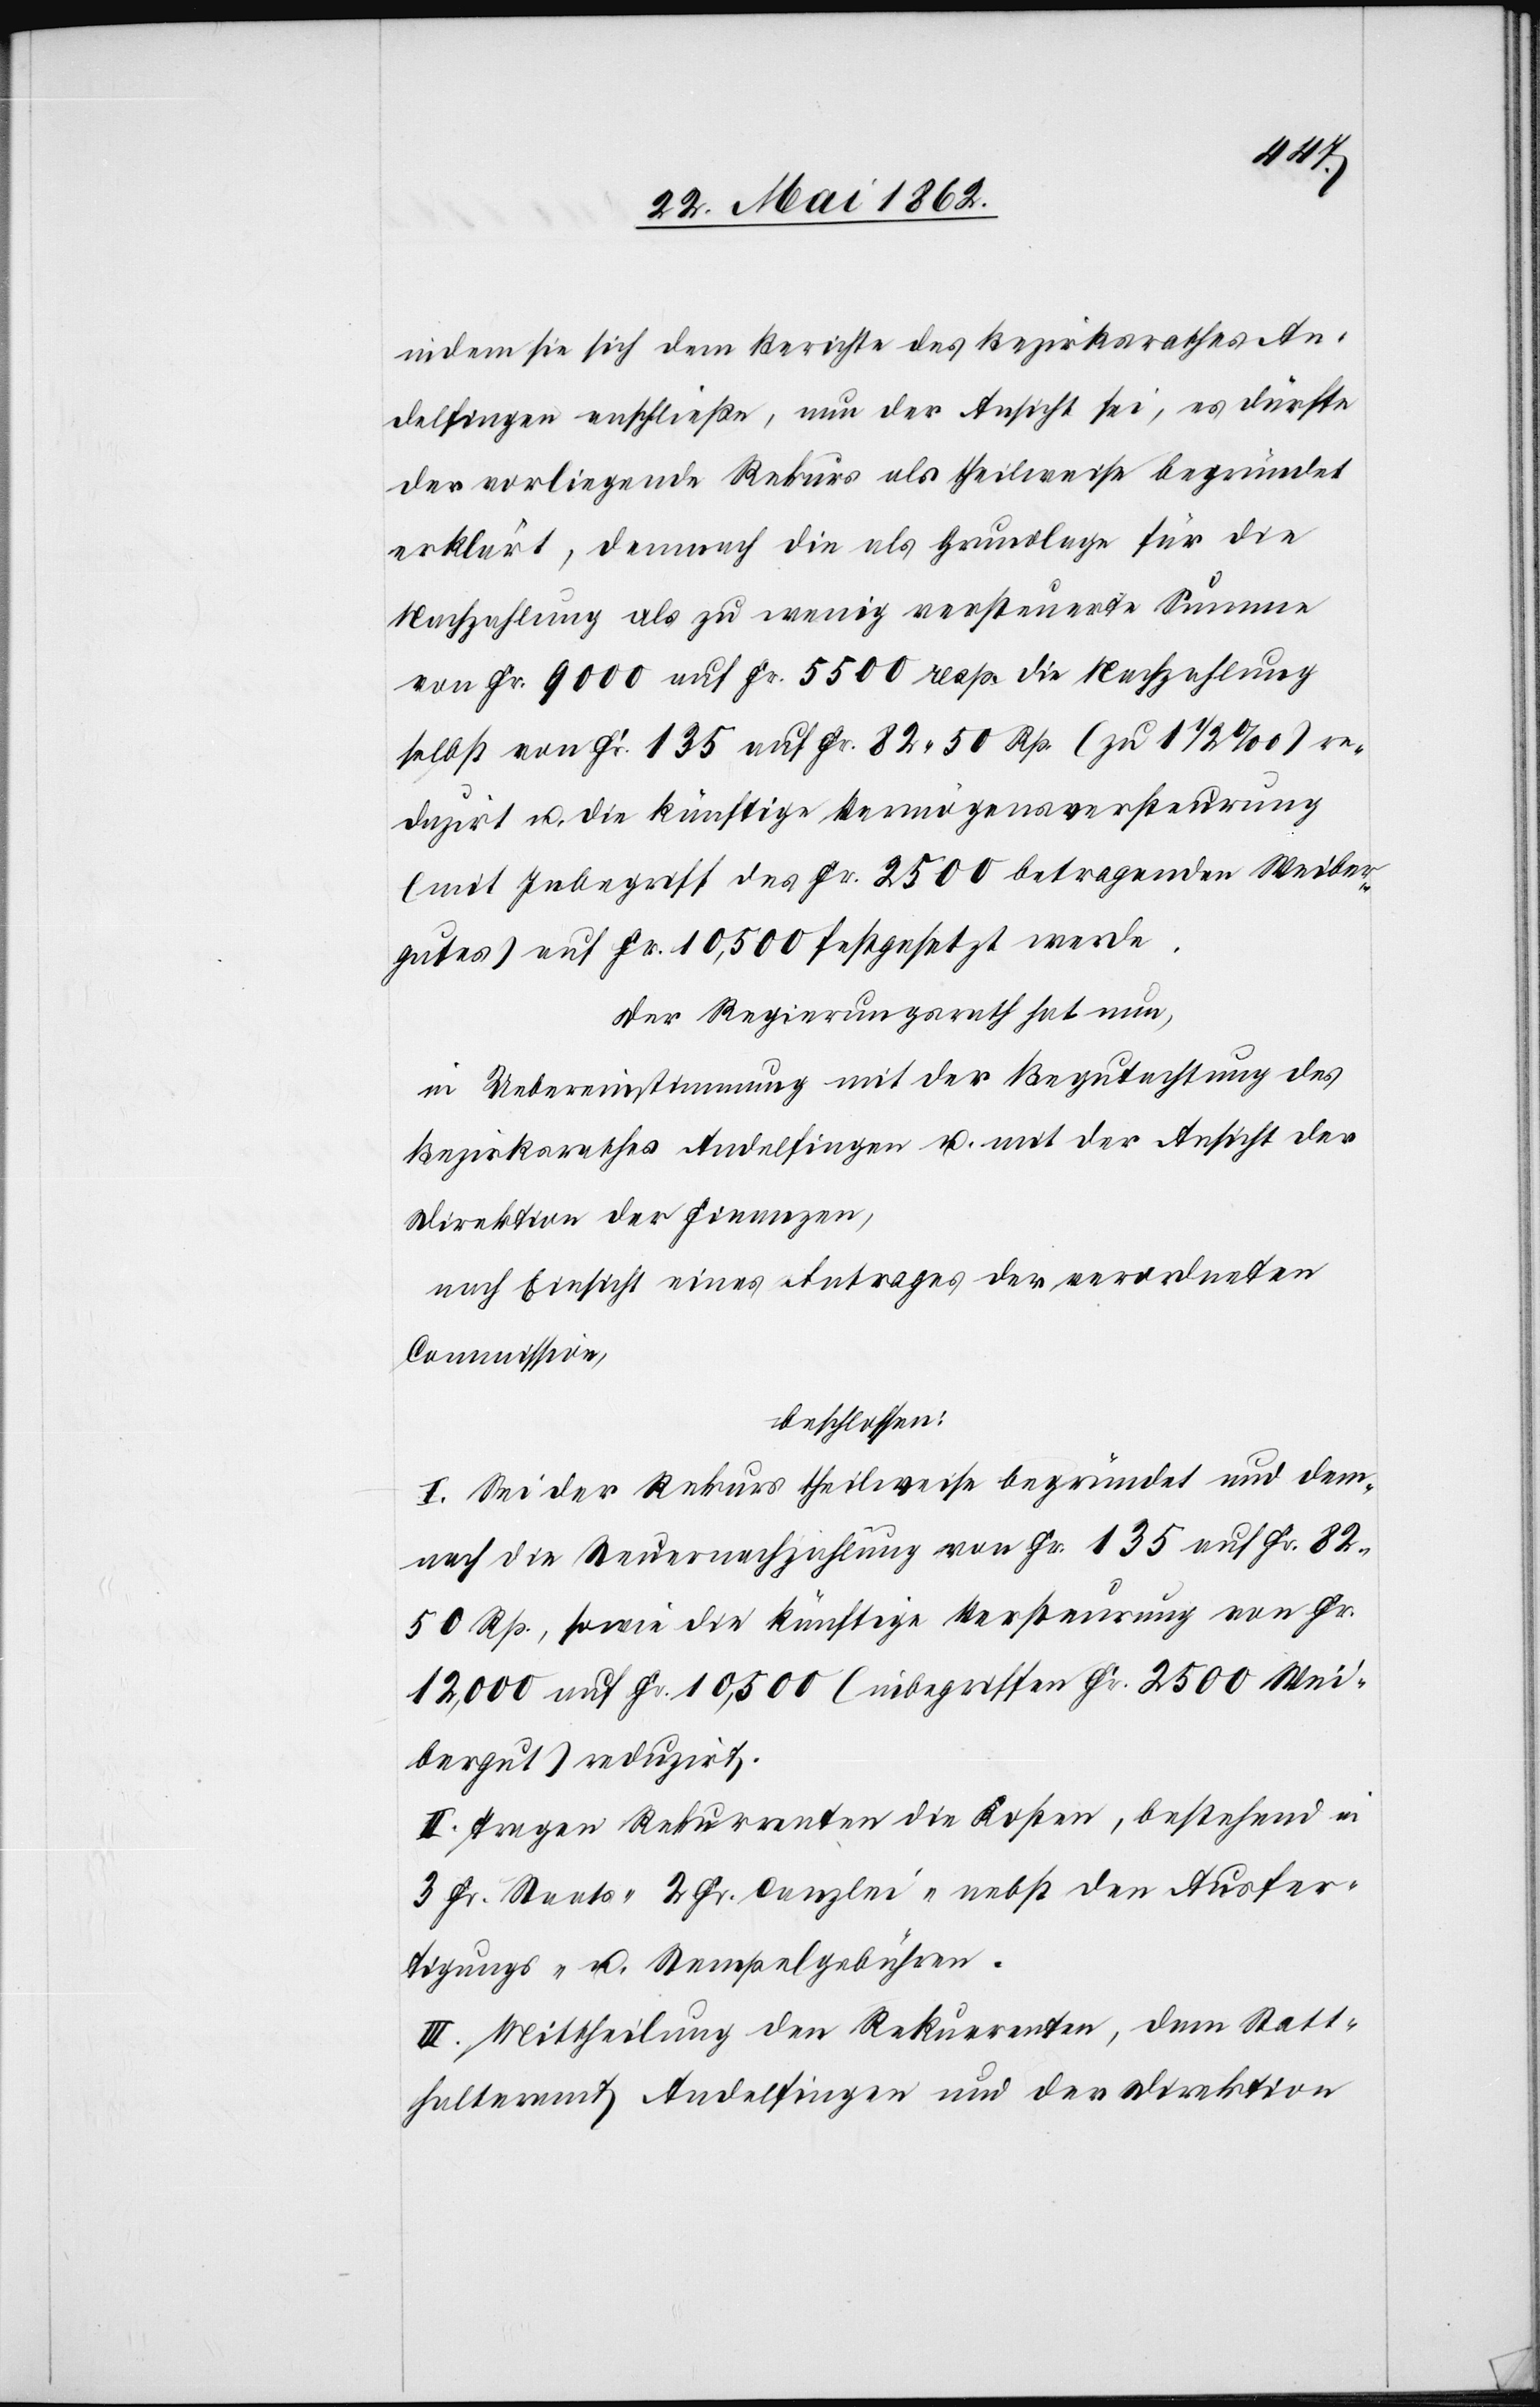
indem sie sich dem Berichte des Bezirksrathes An¬
delfingen anschließe, nun der Ansicht sei, es dürfte
der vorliegende Rekurs als theilweise begründet
erklärt, demnach die als Grundlage für die
Nachzahlung als zu wenig versteuerte Summe
von Fr. 9000 auf Fr. 5500 resp. sei Nachzahlung
selbst von Fr. 135 auf Fr. 82 50 Rp. (zu 1 1/2‰) re¬
duzirt u. die künftige Vermögensversteurung
(mit Inbegriff des Fr. 2500 betragenden Weiber¬
gutes) auf Fr. 10,500 festgesetzt werde.
Der Regierungsrath hat nun,
in Uebereinstimmung mit der Begutachtung des
Bezirksrathes Andelfingen u. mit der Ansicht der
Direktion der Finanzen,
nach Einsicht eines Antrages der verordneten
Commission,
beschlossen:
I. Sei der Rekurs theilweise begründet und dem¬
nach die Steuernachzahlung von Fr. 135 auf Fr. 82
50 Rp., sowie die künftige Versteurung von Fr.
12,000 auf Fr. 10,500 (inbegriffen Fr. 2500 Wei¬
bergut) reduzirt.
II. Tragen Rekurrenten die Kosten, bestehende in
3 Fr. Staats-[,] 2 Fr. Canzlei- nebst den Ausfer¬
tigungs- u. Stempelgebühren.
III. Mittheilung den Rekurrenten, dem Statt¬
halteramt Andelfingen und der Direktion